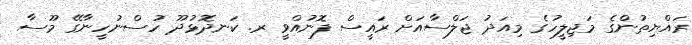
ރައްޔިތުންގެ މަޖިލީހުގެ މިއަދު ޖަލްސާއަށް ރައީސް ފޮނުއްވީ ރ. ކަނދޮޅުދޫ ހުސްނުހީނާގޭ މޫސާ